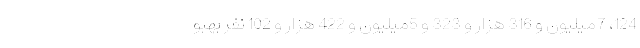
124، 7میلیون و 316 هزار و 323 و 5میلیون و 422 هزار و 102 نفر بهبو